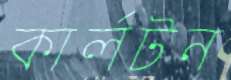
কার্লটন